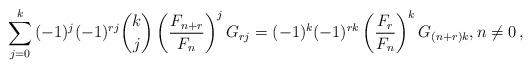
LaTeX: \begin{align*}\sum_{j = 0}^k {( - 1)^j ( - 1)^{rj} \binom kj\left( {\frac{{F_{n + r} }}{{F_n }}} \right)^j G_{rj} } = ( - 1)^k ( - 1)^{rk} \left( {\frac{{F_r }}{{F_n }}} \right)^k G_{(n+r)k} ,n\ne 0\,,\end{align*}